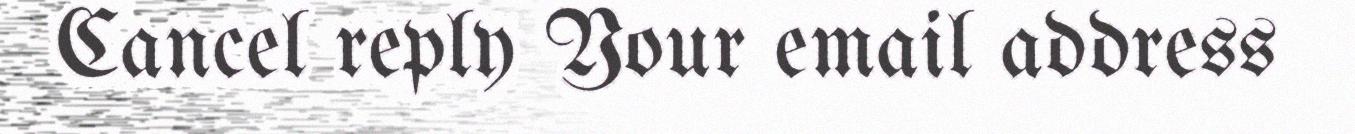
Cancel reply Your email address